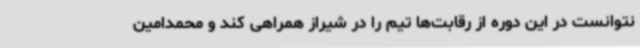
نتوانست در این دوره از رقابت‌ها تیم را در شیراز همراهی کند و محمدامین